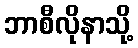
ဘာစီလိုနာသို့